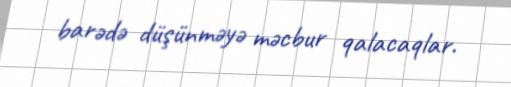
barədə düşünməyə məcbur qalacaqlar.